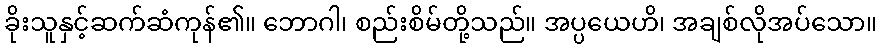
ခိုးသူနှင့်ဆက်ဆံကုန်၏။ ဘောဂါ၊ စည်းစိမ်တို့သည်။ အပ္ပယေဟိ၊ အချစ်လိုအပ်သော။